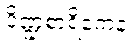
ပိဏ္ဍစာရိကေန